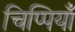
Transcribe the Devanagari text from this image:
चिप्पियाँ